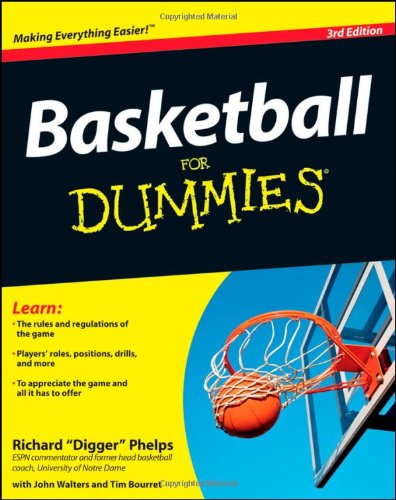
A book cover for Basketball For Dummies; Richard Phelps; Sports & Outdoors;